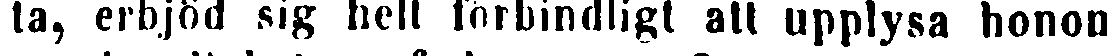
ta, erbjöd sig helt förbindligt att upplysa honom